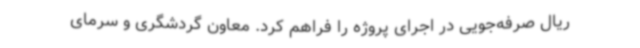
ریال صرفه‌جویی در اجرای پروژه را فراهم کرد. معاون گردشگری و سرمای